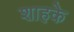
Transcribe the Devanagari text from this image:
शाहके